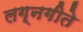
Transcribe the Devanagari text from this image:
लग्नगीते